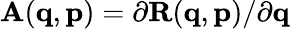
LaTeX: \mathbf{A}(\mathbf{q},\mathbf{p})=\partial\mathbf{R}(\mathbf{q},\mathbf{p})/\partial\mathbf{q}